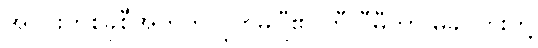
အပိုင်းတစ်ခုစီအတွက် ဂူဟွမ်ဂျီ၏ ကီလီုမီတာ မခင်တိုးတို့